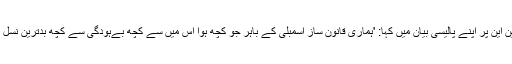
جواب میں ریاست مشیگن کی گورنر گریچن وِٹمر نے امریکی نشریاتی ادارے سی این این پر اپنے پالیسی بیان میں کہا: 'ہماری قانون ساز اسمبلی کے باہر جو کچھ ہوا اس میں سے کچھ بےہودگی سے کچھ بدترین نسل پرستی اور اس ملک میں ہماری تاریخ کے کچھ تاریک حصوں کی تصویر کشی کی۔